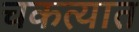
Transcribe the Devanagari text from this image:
चकत्यात